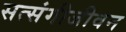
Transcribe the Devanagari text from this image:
सत्संगीजीवन